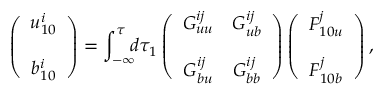
\left( { \begin{array} { c } { u _ { 1 0 } ^ { i } } \\ { b _ { 1 0 } ^ { i } \rule { 0 ex } { 5 ex } } \end{array} } \right) = \int _ { - \infty } ^ { \tau } \! \! \! d \tau _ { 1 } \left( { \begin{array} { c c } { G _ { u u } ^ { i j } } & { G _ { u b } ^ { i j } } \\ { G _ { b u } ^ { i j } } & { G _ { b b } ^ { i j } \rule { 0 ex } { 5 ex } } \end{array} } \right) \left( { \begin{array} { c } { F _ { 1 0 u } ^ { j } } \\ { F _ { 1 0 b } ^ { j } \rule { 0 ex } { 5 ex } } \end{array} } \right) ,